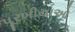
પૂરબીયાઓ